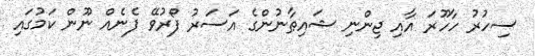
ސިހުރު ހާހޫރަ އާއި ޖިންނި ޝައިޠާނުންގެ އަސަރު ފޯރުވޭ ފެނެއް ނޫން ކަމުގައި